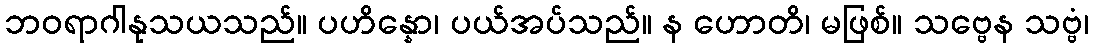
ဘဝရာဂါနုသယသည်။ ပဟိန္နော၊ ပယ်အပ်သည်။ န ဟောတိ၊ မဖြစ်။ သဗ္ဗေန သဗ္ဗံ၊